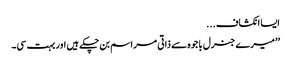
ایسا انکشاف ...
’’میرے جنرل باجوہ سے ذاتی مراسم بن چکے ہیں اور بہت سی۔